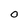
Character: O